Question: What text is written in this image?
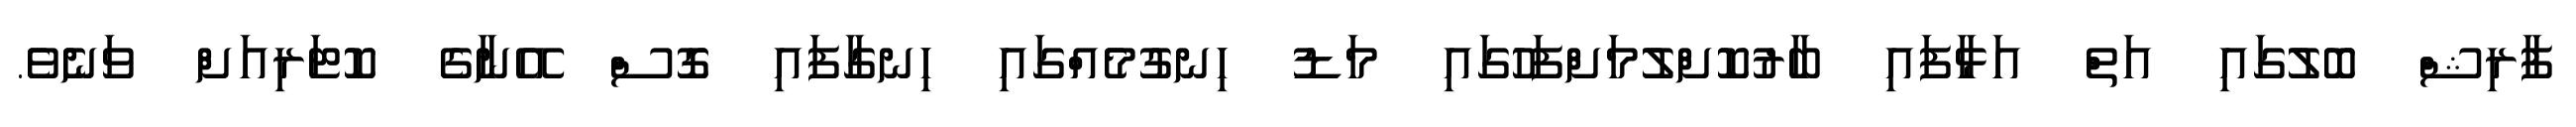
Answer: ފާރިޝް ބޮލުގައި އަތް އަޅާފައި ބާރުކޮށްލުމަށްފަހުގައި މަޑު ހިނގުމެއްގައި ހިނގާފައި ގޮސް އޭނާގެ ކޮޓަރިއަށް ވަނެވެ.